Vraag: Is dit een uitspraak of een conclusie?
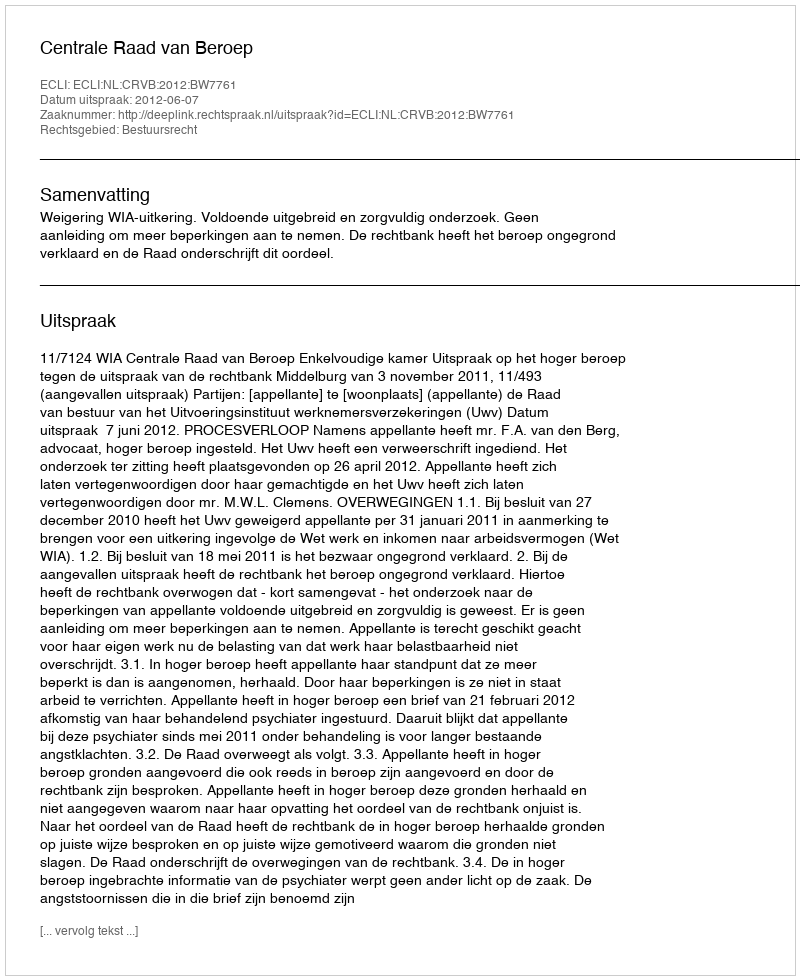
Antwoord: Uitspraak